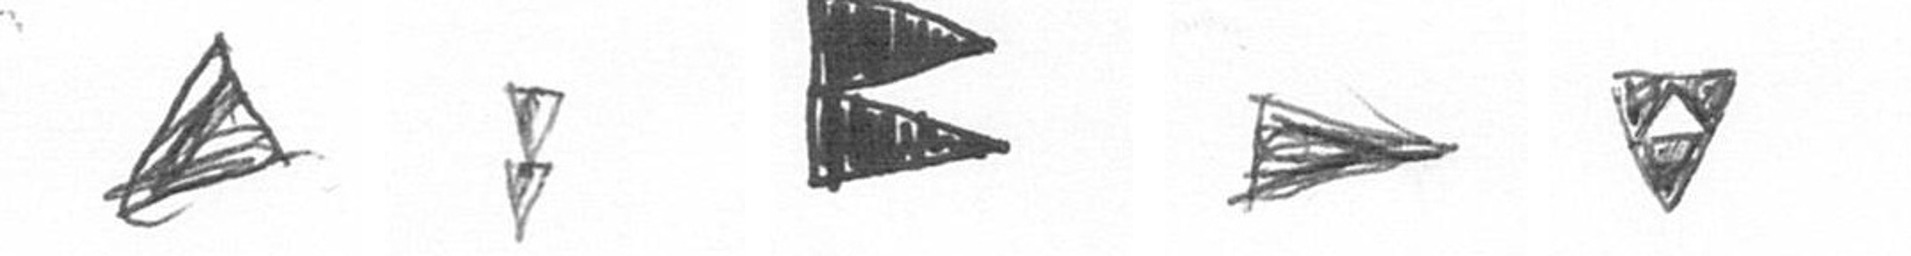
O Z P T S